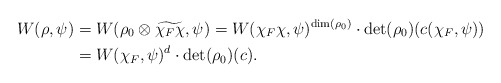
\begin{align*} W(\rho,\psi) &=W(\rho_0\otimes\widetilde{\chi_F\chi},\psi)= W(\chi_F\chi,\psi)^{\rm{dim}(\rho_0)}\cdot\det(\rho_0)(c(\chi_F,\psi))\\ &=W(\chi_F,\psi)^d\cdot\det(\rho_0)(c).\end{align*}